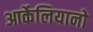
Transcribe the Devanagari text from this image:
आर्केलियानो